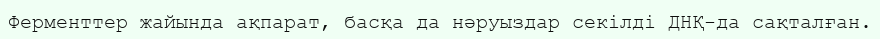
Ферменттер жайында ақпарат, басқа да нәруыздар секілді ДНҚ-да сақталған.